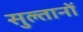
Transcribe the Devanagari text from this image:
सुल्‍तानों